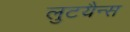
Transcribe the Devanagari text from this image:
लुटयैन्स